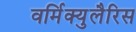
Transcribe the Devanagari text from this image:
वर्मिक्युलैरिस